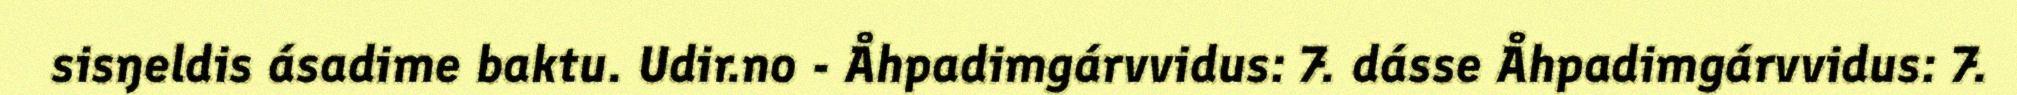
sisŋeldis ásadime baktu. Udir.no - Åhpadimgárvvidus: 7. dásse Åhpadimgárvvidus: 7.